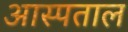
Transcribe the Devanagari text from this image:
आस्पताल